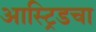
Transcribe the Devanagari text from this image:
आस्ट्रिडचा